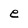
Character: e